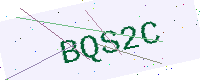
Text: BQS2C